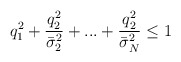
\begin{align*}q_1^2+\frac{q_2^2}{\bar\sigma_2^2}+...+\frac{q_2^2}{\bar\sigma_N^2} \leq 1\end{align*}